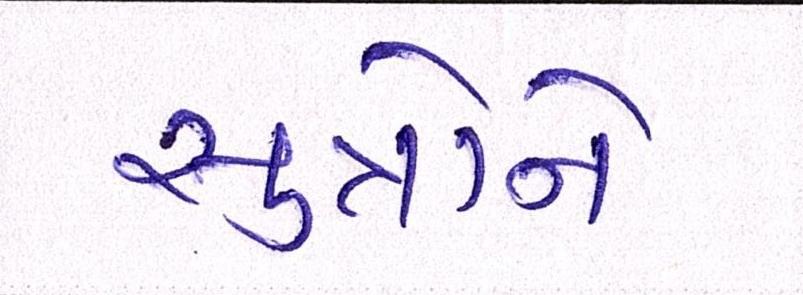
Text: સુત્રોને